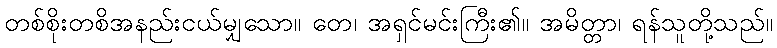
တစ်စိုးတစိအနည်းငယ်မျှသော။ တေ၊ အရှင်မင်းကြီး၏။ အမိတ္တာ၊ ရန်သူတို့သည်။